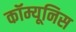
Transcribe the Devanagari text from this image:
कॉम्यूनिस